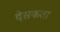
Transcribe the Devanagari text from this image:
देसकता